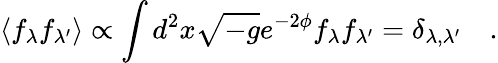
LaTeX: \langle f_{\lambda}f_{\lambda^{\prime}}\rangle\propto\int d^{2}x\sqrt{-g}e^{-2\phi}f_{\lambda}f_{\lambda^{\prime}}=\delta_{\lambda,\lambda^{\prime}}\quad.